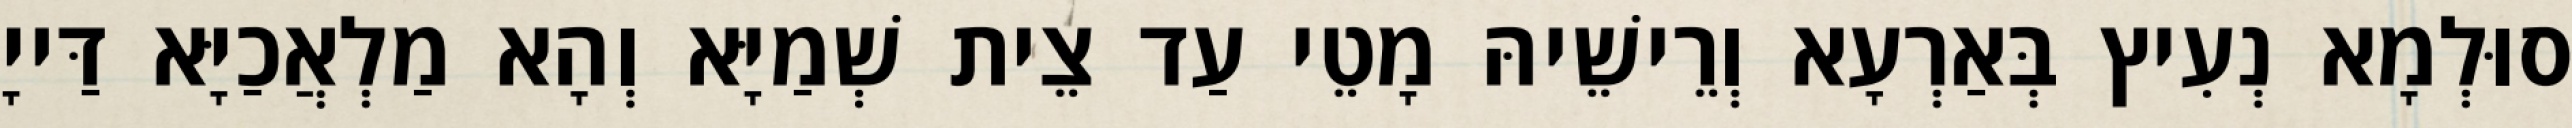
סוּלְמָא נְעִיץ בְּאַרְעָא וְרֵישֵׁיהּ מָטֵי עַד צֵית שְׁמַיָּא וְהָא מַלְאֲכַיָּא דַּייָ